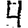
Digit: 4